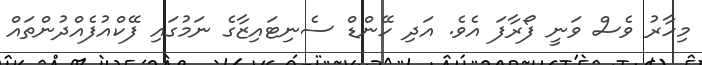
މިހާރު ވެސް ވަނީ ފޯރާފަ އެވެ. އަދި ހޭންޑް ސެނިޓައިޒާގެ ނަމުގައި ފޭކްއުފެއްދުންތައް